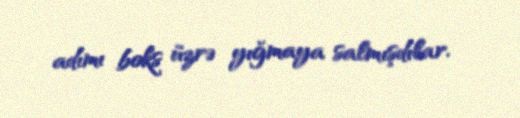
adımı boks üzrə yığmaya salmışdılar.